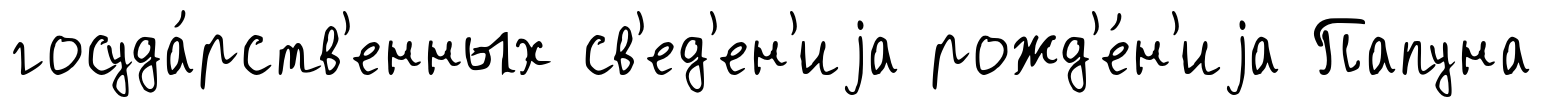
госуда́рств'енных св'ед'ен'иjа рожд'е́н'иjа Папуна